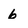
Character: 6